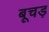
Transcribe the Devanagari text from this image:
बूचड़